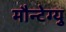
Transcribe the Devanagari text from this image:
मौन्टेग्यु